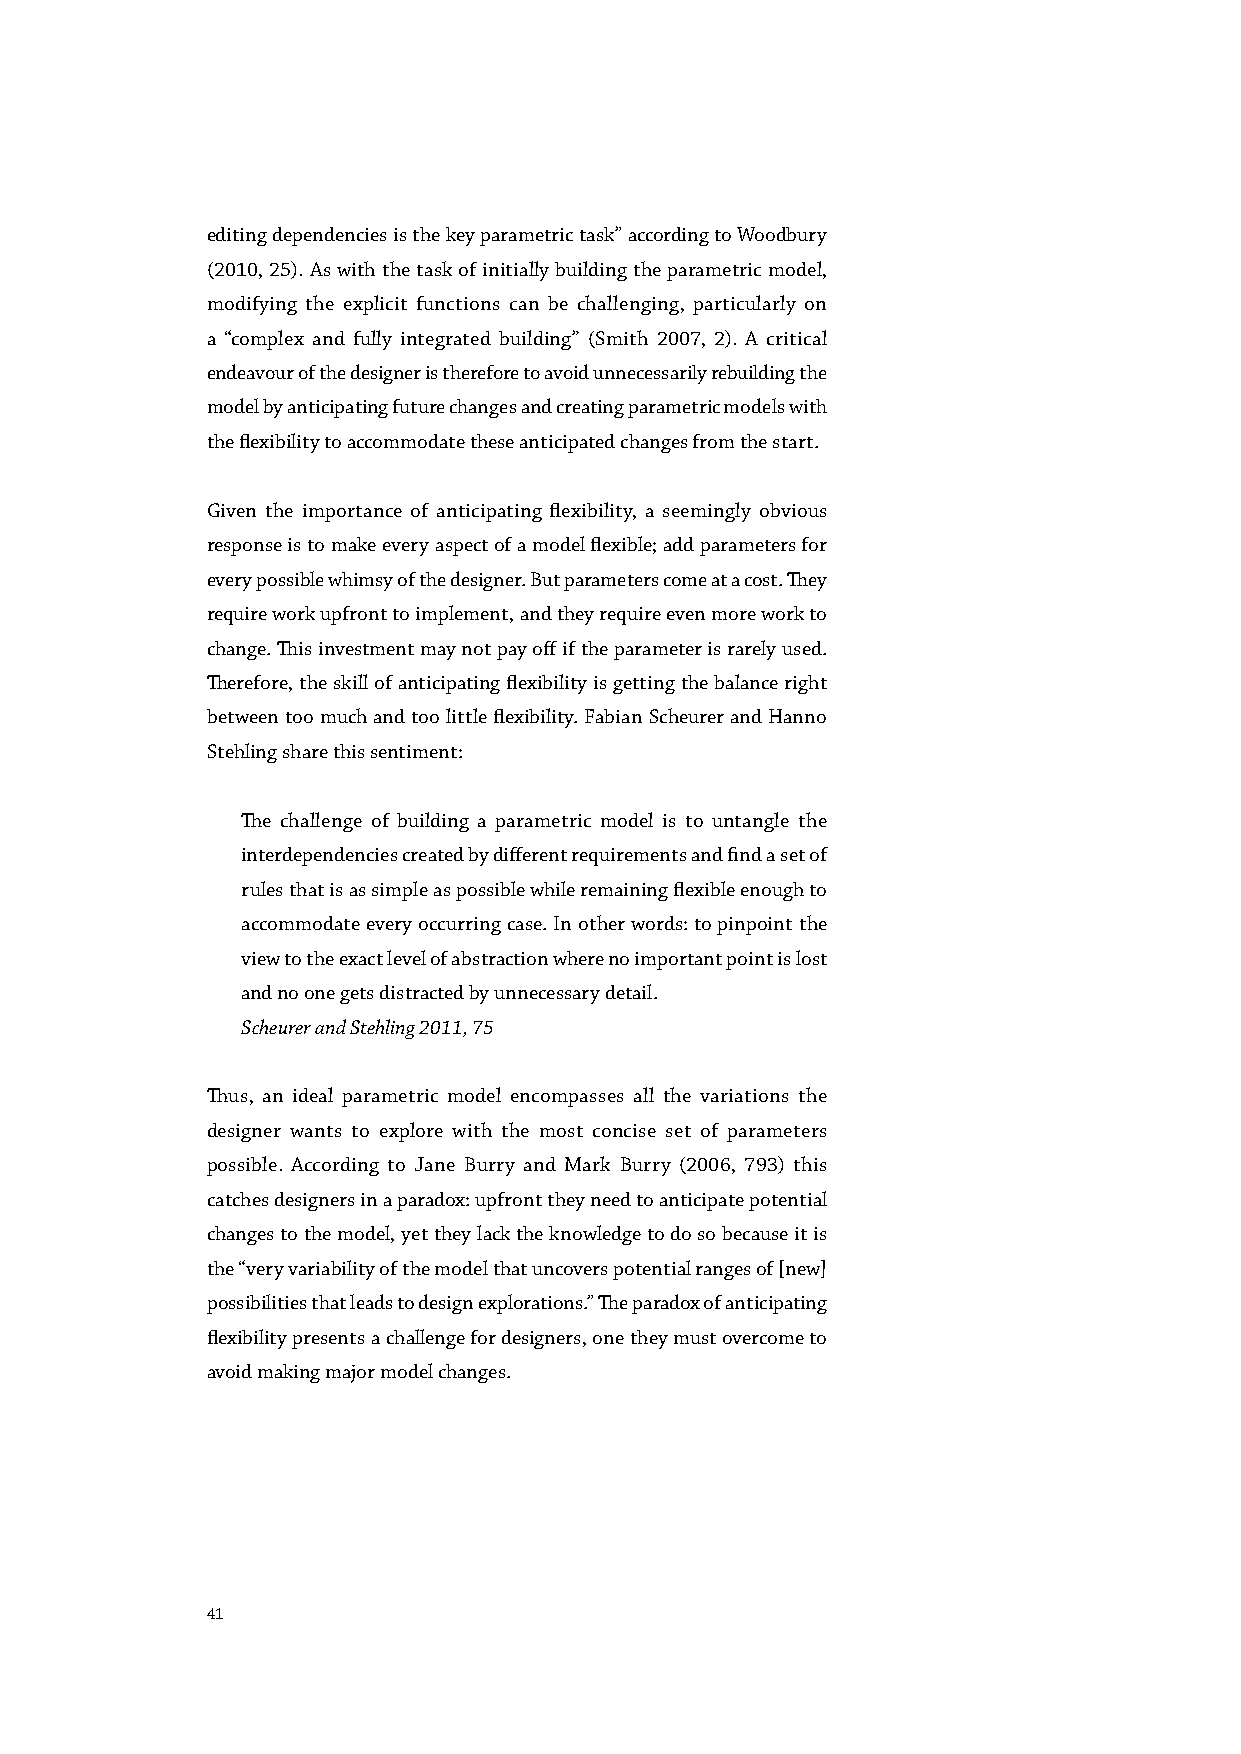
editing dependencies is the key parametric task” according to Woodbury
 (2010, 25). As with the task of initially building the parametric model,
 modifying the explicit functions can be challenging, particularly on
 a “complex and fully integrated building” (Smith 2007, 2). A critical
 endeavour of the designer is therefore to avoid unnecessarily rebuilding the
 model by anticipating future changes and creating parametric models with
 the flexibility to accommodate these anticipated changes from the start.
 Given the importance of anticipating flexibility, a seemingly obvious
 response is to make every aspect of a model flexible; add parameters for
 every possible whimsy of the designer. But parameters come at a cost. They
 require work upfront to implement, and they require even more work to
 change. This investment may not pay off if the parameter is rarely used.
 Therefore, the skill of anticipating flexibility is getting the balance right
 between too much and too little flexibility. Fabian Scheurer and Hanno
 Stehling share this sentiment:
 The challenge of building a parametric model is to untangle the
 interdependencies created by different requirements and find a set of
 rules that is as simple as possible while remaining flexible enough to
 accommodate every occurring case. In other words: to pinpoint the
 view to the exact level of abstraction where no important point is lost
 and no one gets distracted by unnecessary detail.
 Scheurer and Stehling 2011, 75
 Thus, an ideal parametric model encompasses all the variations the
 designer wants to explore with the most concise set of parameters
 possible. According to Jane Burry and Mark Burry (2006, 793) this
 catches designers in a paradox: upfront they need to anticipate potential
 changes to the model, yet they lack the knowledge to do so because it is
 the “very variability of the model that uncovers potential ranges of [new]
 possibilities that leads to design explorations.” The paradox of anticipating
 flexibility presents a challenge for designers, one they must overcome to
 avoid making major model changes.
 41